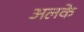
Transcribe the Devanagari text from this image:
अलके